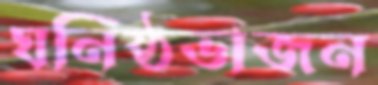
ঘনিষ্ঠভাজন